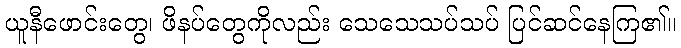
ယူနီဖောင်းတွေ၊ ဖိနပ်တွေကိုလည်း သေသေသပ်သပ် ပြင်ဆင်နေကြ၏။